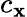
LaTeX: c_{\mathbf{x}}